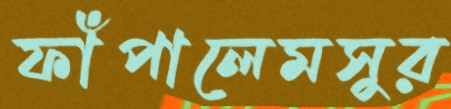
ফাঁপালেমসুর